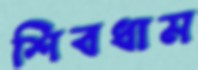
শিবধাম